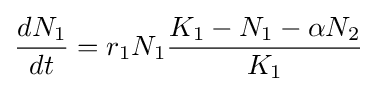
{dN_{1} \over dt}=r_{1}N_{1}{K_{1}-N_{1}-\alpha N_{2} \over K_{1}}